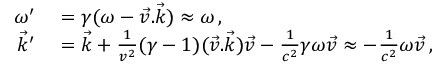
\begin{array} { r l } { \omega ^ { \prime } } & { { } = \gamma ( \omega - \vec { v } . \vec { k } ) \approx \omega \, , } \\ { \vec { k } ^ { \prime } } & { { } = \vec { k } + \frac { 1 } { v ^ { 2 } } ( \gamma - 1 ) ( \vec { v } . \vec { k } ) \vec { v } - \frac { 1 } { c ^ { 2 } } \gamma \omega \vec { v } \approx - \frac { 1 } { c ^ { 2 } } \omega \vec { v } \, , } \end{array}